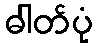
ဓါတ်ပုံ